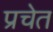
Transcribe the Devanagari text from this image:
प्रचेत